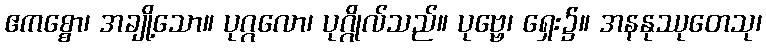
ဧကစ္စော၊ အချို့သော။ ပုဂ္ဂလော၊ ပုဂ္ဂိုလ်သည်။ ပုဗ္ဗေ၊ ရှေး၌။ အနနုဿုတေသု၊